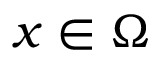
x \in \Omega